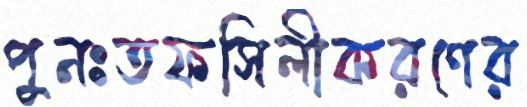
পুনঃতফসিলীকরণের